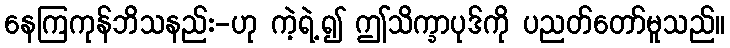
နေကြကုန်ဘိသနည်း-ဟု ကဲ့ရဲ့၍ ဤသိက္ခာပုဒ်ကို ပညတ်တော်မူသည်။